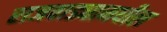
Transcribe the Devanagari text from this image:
राजवाड्यामधील